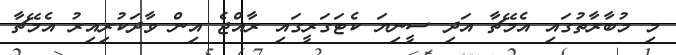
މި މުބާރާތުގައި އެމޭޗާ އަދި ސީނިޔަ ކެޓަގަރީގައި ރާއްޖެ އިން ވާދަކުރިއިރު އެމޭޗާ